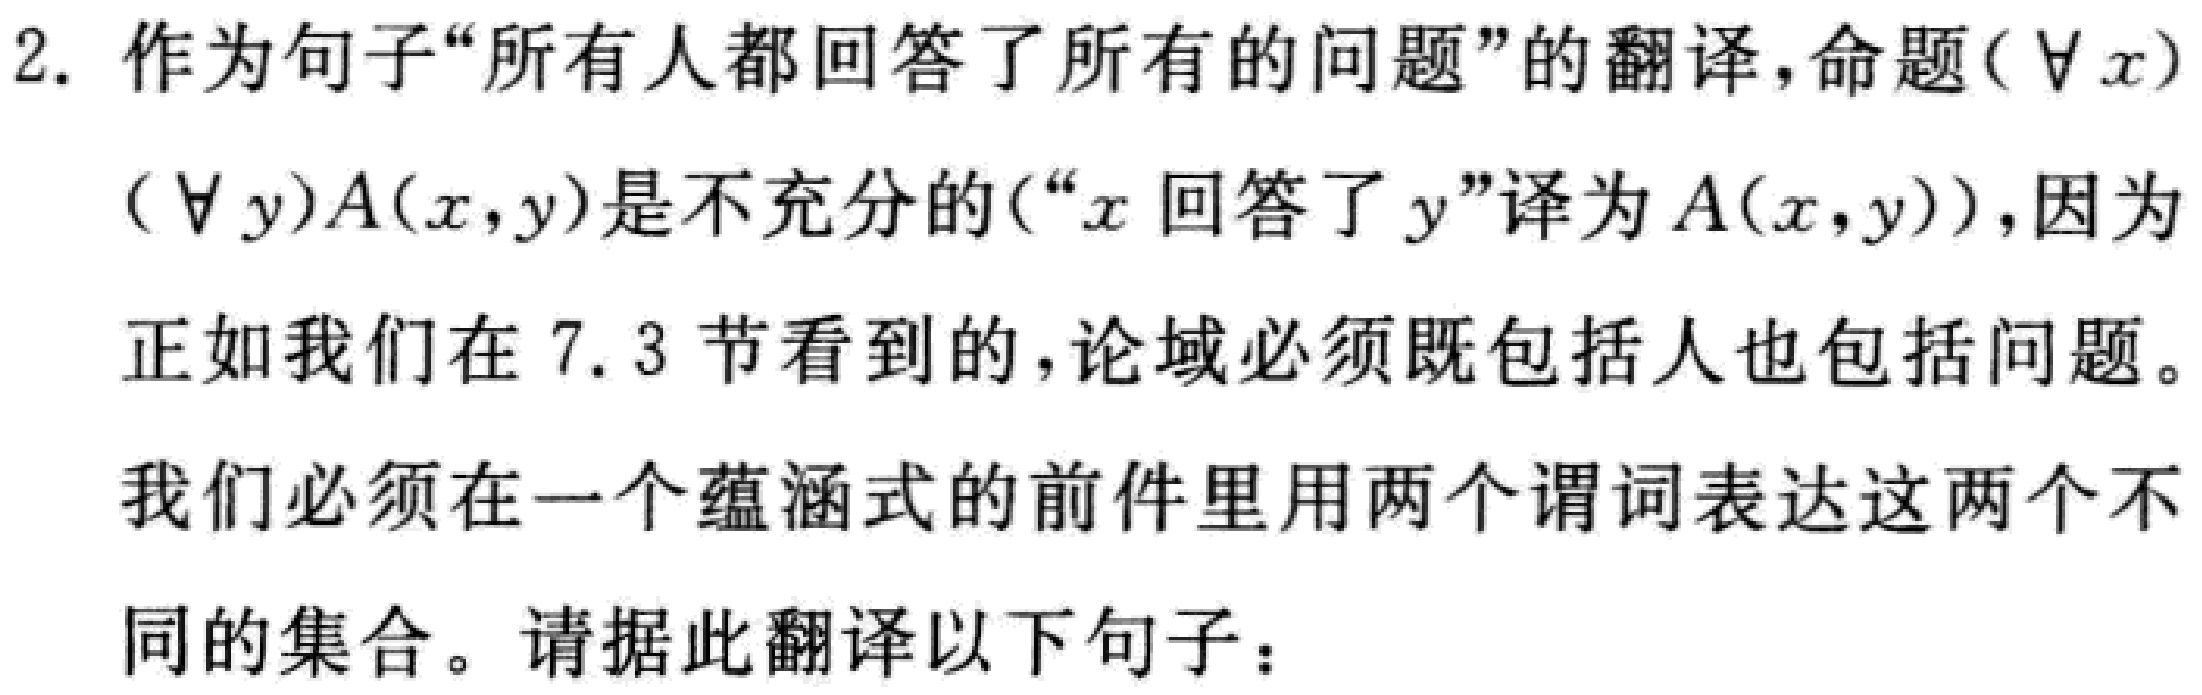
2. 作为句子“所有人都回答了所有的问题”的翻译，命题$(\forall x)$

$(\forall y)A(x,y)$是不充分的(“$x$回答了$y$”译为$A(x,y)$)，因为

正如我们在7.3节看到的，论域必须既包括人也包括问题。

我们必须在一个蕴涵式的前件里用两个谓词表达这两个不

同的集合。请据此翻译以下句子：